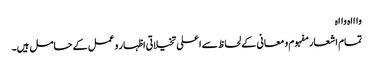
واااہ وااہ
تمام اشعار مفہوم و معانی کے لحاظ سے اعلی تخیلاتی اظہار و عمل کے حامل ہیں۔